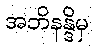
အဘိနန္ဒိမှ